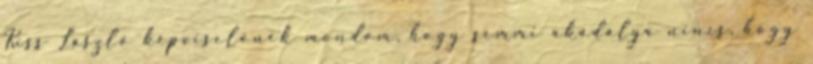
Kiss László képviselőnek mondom, hogy semmi akadálya nincs, hogy